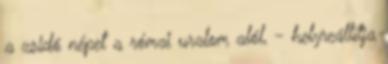
a zsidó népet a római uralom alól, - helyreállítja